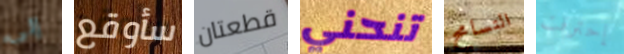
إلى سأوقع قطعتان تنحني التسامح إحترقت